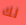
لك